Scottish Leaving Certificate Examination, 1961
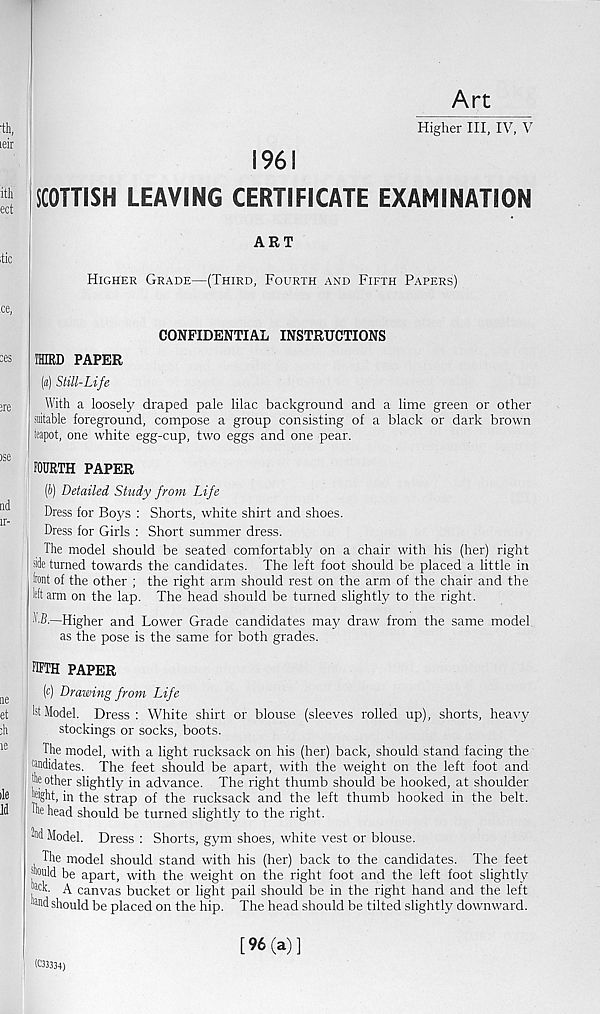
Art
Higher III, IV, V
:th,
idr
ith
ect
1961
SCOTTISH LEAVING CERTIFICATE EXAMINATION
itic
ART
Higher Grade—(Third, Fourth and Fifth Papers)
ce,
ces THIRD PAPER
CONFIDENTIAL INSTRUCTIONS
(a) Still-Life
;re
With a loosely draped pale lilac background and a lime green or other
suitable foreground, compose a group consisting of a black or dark brown
teapot, one white egg-cup, two eggs and one pear.
jse
FOURTH PAPER
(i) Detailed Study from Life
Dress for Boys : Shorts, white shirt and shoes.
Dress for Girls : Short summer dress.
The model should be seated comfortably on a chair with his (her) right
side turned towards the candidates. The left foot should be placed a little in
front of the other ; the right arm should rest on the arm of the chair and the
left arm on the lap. The head should be turned slightly to the right.
TB.—Higher and Lower Grade candidates may draw from the same model
as the pose is the same for both grades.
FIFTH paper
ne
^ Drawing from Life
et
1st Model. Dress : White shirt or blouse (sleeves rolled up), shorts, heavy
;h
stockings or socks, boots.
The model, with a light rucksack on his (her) back, should stand facing the
tmdidates. The feet should be apart, with the weight on the left foot and
file other slightly in advance. The right thumb should be hooked, at shoulder
lie [tight, in the strap of the rucksack and the left thumb hooked in the belt.
Id
die head should be turned slightly to the right.
2nd Model. Dress : Shorts, gym shoes, white vest or blouse.
The model should stand with his (her) back to the candidates. The feet
■ timid be apart, with the weight on the right foot and the left foot slightly
tack. A canvas bucket or light pail should be in the right hand and the left
tand should be placed on the hip. The head should be tilted slightly downward.
(033334)
[96(a)]